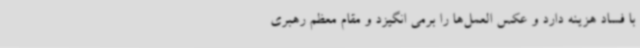
با فساد هزینه دارد و عکس العمل‌ها را برمی انگیزد و مقام معظم رهبری